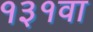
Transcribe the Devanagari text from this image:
१३१वा